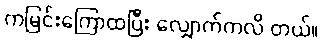
ကမြင်းကြောထပြီး လျှောက်ကလိ တယ်။